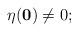
LaTeX: \begin{align*} \eta(\mathbf 0)\not=0; \end{align*}